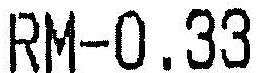
RM-0.33